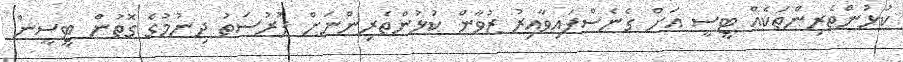
ކުޅުންތެރިންތަކެއް ޓީސީ އަށް ގެނެސްފައިވާއިރު ޒުވާން ކުޅުންތެރިންނަށް ފުރުސަތު ދިނުމުގެ ގޮތުން ޓީސީން